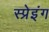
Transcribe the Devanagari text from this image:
स्प्रेइंग